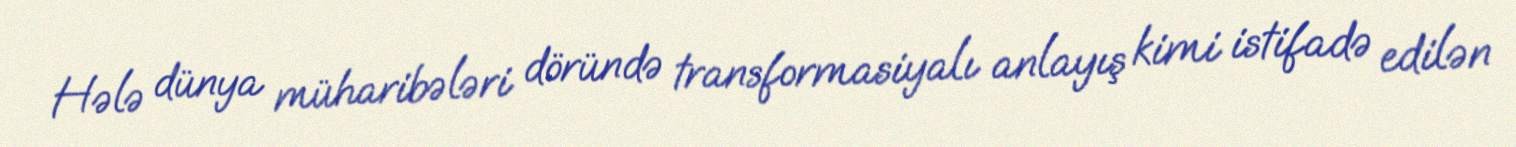
Hələ dünya müharibələri döründə transformasiyalı anlayış kimi istifadə edilən